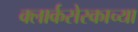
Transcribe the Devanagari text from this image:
क्लार्कसेस्काच्या